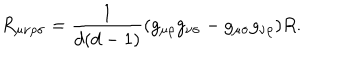
R _ { \mu \nu \rho \sigma } = \frac { 1 } { d ( d - 1 ) } ( g _ { \mu \rho } g _ { \nu \sigma } - g _ { \mu \sigma } g _ { \nu \rho } ) R .